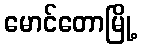
မောင်တောမြို့